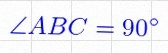
\angle ABC=90^\circ